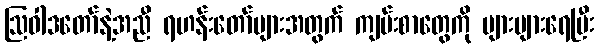
ဩဝါဒတော်နဲ့အညီ ရဟန်းတော်များအတွက် ကျမ်းစာတွေကို များများရေပြီး